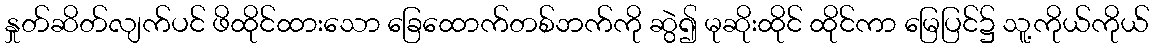
နှုတ်ဆိတ်လျက်ပင် ဖိထိုင်ထားသော ခြေထောက်တစ်ဘက်ကို ဆွဲ၍ မုဆိုးထိုင် ထိုင်ကာ မြေပြင်၌ သူ့ကိုယ်ကိုယ်